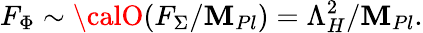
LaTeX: F_{\Phi}\sim{\calO}(F_{\Sigma}/\mathbf{M}_{Pl})=\Lambda_{H}^{2}/\mathbf{M}_{Pl}.